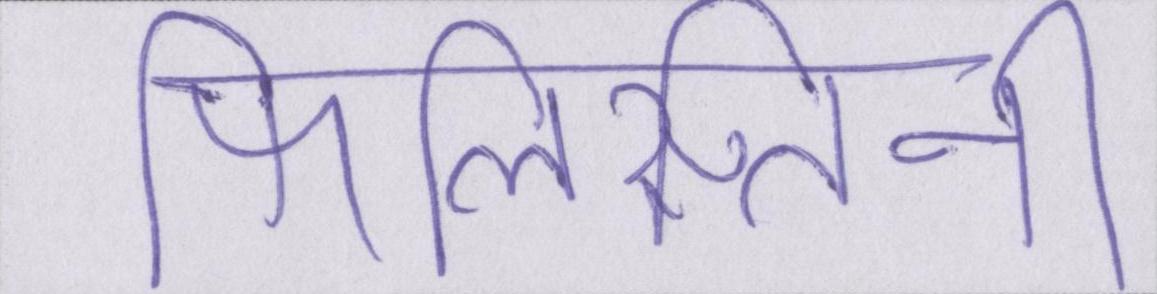
फिलिस्तिनी